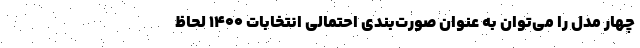
چهار مدل را می‌توان به عنوان صورت‌بندی احتمالی انتخابات ۱۴۰۰ لحاظ